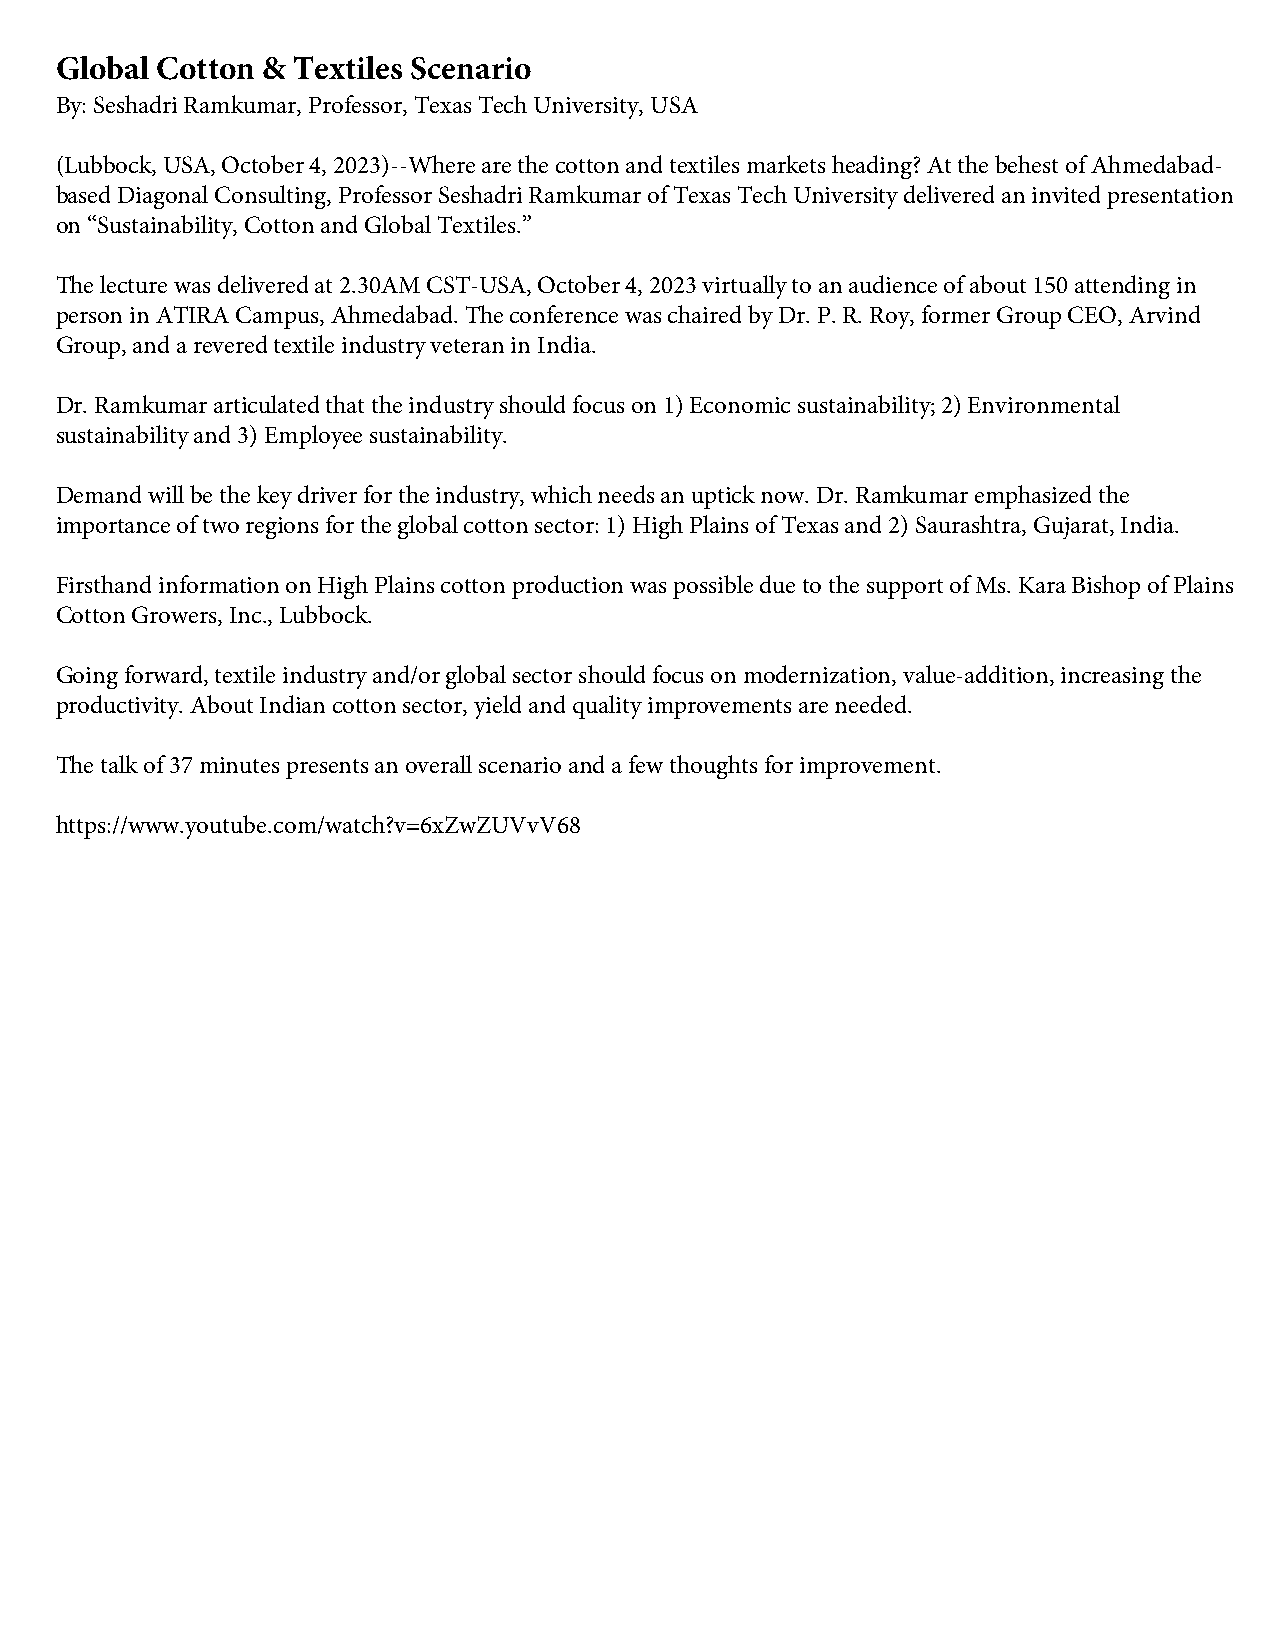
Global Cotton & Textiles Scenario
 By: Seshadri Ramkumar, Professor, Texas Tech University, USA
 (Lubbock, USA, October 4, 2023)--Where are the cotton and textiles markets heading? At the behest of Ahmedabad-
 based Diagonal Consulting, Professor Seshadri Ramkumar of Texas Tech University delivered an invited presentation
 on “Sustainability, Cotton and Global Textiles.”
 The lecture was delivered at 2.30AM CST-USA, October 4, 2023 virtually to an audience of about 150 attending in
 person in ATIRA Campus, Ahmedabad. The conference was chaired by Dr. P. R. Roy, former Group CEO, Arvind
 Group, and a revered textile industry veteran in India.
 Dr. Ramkumar articulated that the industry should focus on 1) Economic sustainability; 2) Environmental
 sustainability and 3) Employee sustainability.
 Demand will be the key driver for the industry, which needs an uptick now. Dr. Ramkumar emphasized the
 importance of two regions for the global cotton sector: 1) High Plains of Texas and 2) Saurashtra, Gujarat, India.
 Firsthand information on High Plains cotton production was possible due to the support of Ms. Kara Bishop of Plains
 Cotton Growers, Inc., Lubbock.
 Going forward, textile industry and/or global sector should focus on modernization, value-addition, increasing the
 productivity. About Indian cotton sector, yield and quality improvements are needed.
 The talk of 37 minutes presents an overall scenario and a few thoughts for improvement.
 https://www.youtube.com/watch?v=6xZwZUVvV68